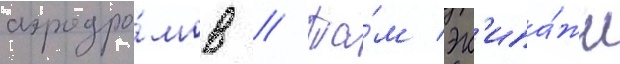
аэродро́мов // Та́м эк'ипа́жи